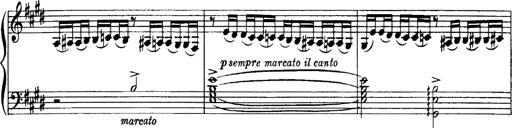
Title: OuvertÃ¼re zu TannhÃ¤user
Composer: Franz Liszt